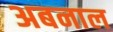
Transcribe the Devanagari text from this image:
अबनाल